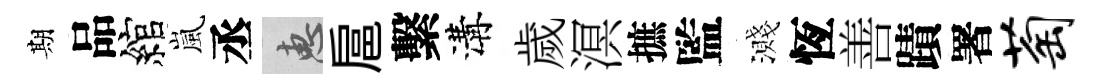
期品綰嵐丞惠扈繫溝歲溟摭監濺恆善蹟署萄